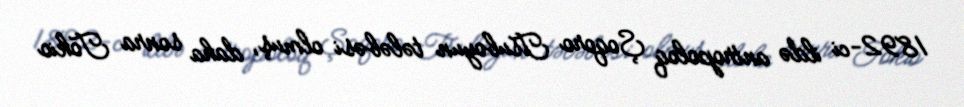
1892-ci ildə antropoloq Şoqoro Tsuboyun tələbəsi olmuş, daha sonra Tokio